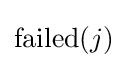
{\text{failed}}(j)